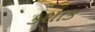
કશાક